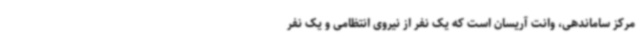
مرکز ساماندهی، وانت آریسان است که یک نفر از نیروی انتظامی و یک نفر